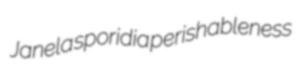
Janela sporidia perishableness